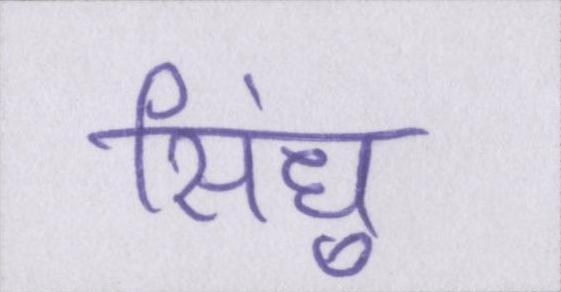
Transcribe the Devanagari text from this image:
सिंधु